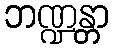
ဘဏ္ဍန္တာ